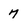
Character: 7